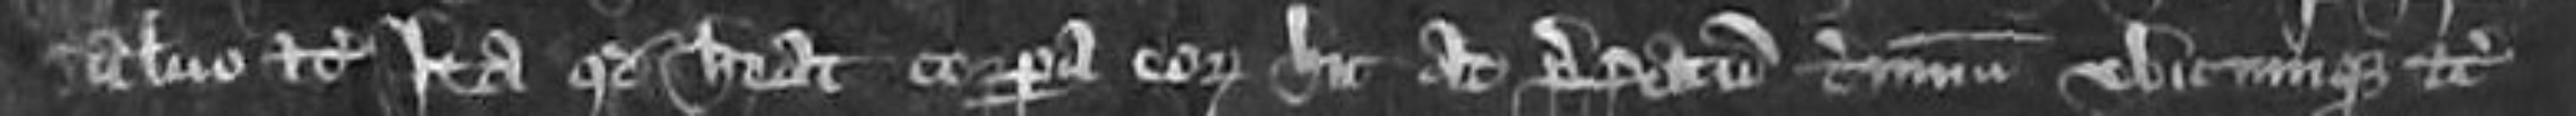
salvo etc ita quod habeat corpora eorum hic ac prefatum terminum ubicumque etc